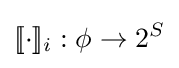
[\![\cdot ]\!]_{i}:\phi \to 2^{S}